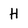
Character: H